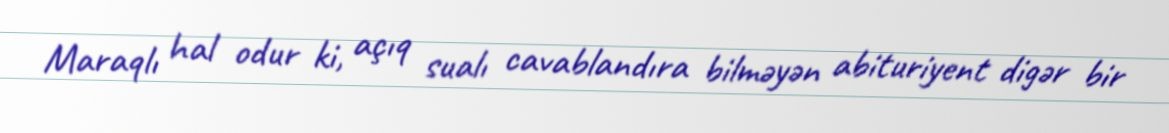
Maraqlı hal odur ki, açıq sualı cavablandıra bilməyən abituriyent digər bir